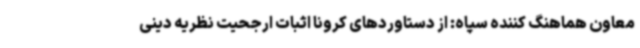
معاون هماهنگ کننده سپاه: از دستاوردهای کرونا اثبات ارجحیت نظریه دینی